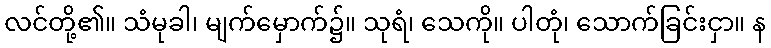
လင်တို့၏။ သံမုခါ၊ မျက်မှောက်၌။ သုရံ၊ သေကို။ ပါတုံ၊ သောက်ခြင်းငှာ။ န